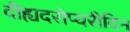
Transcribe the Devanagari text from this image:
दीह्यदरोप्यरीदिन